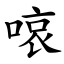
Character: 㗒